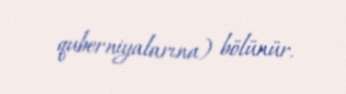
quberniyalarına) bölünür.